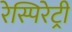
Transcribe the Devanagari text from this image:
रेस्पिरेट्री